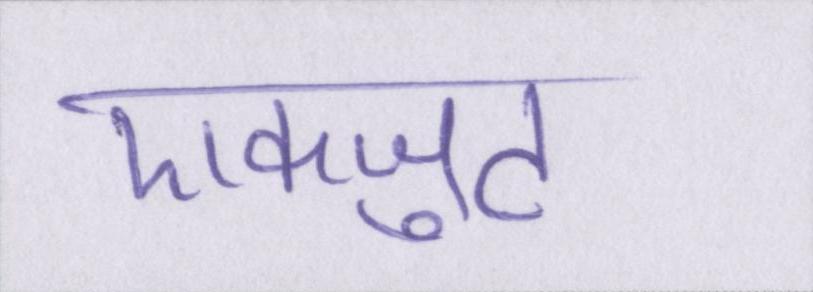
एकजुट